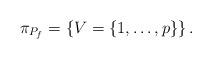
LaTeX: \begin{align*}\pi_{P_f}=\left\{V=\{1,\ldots,p\}\right\}.\end{align*}